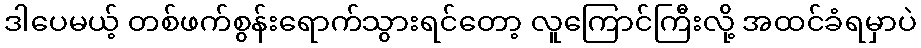
ဒါပေမယ့် တစ်ဖက်စွန်းရောက်သွားရင်တော့ လူကြောင်ကြီးလို့ အထင်ခံရမှာပဲ